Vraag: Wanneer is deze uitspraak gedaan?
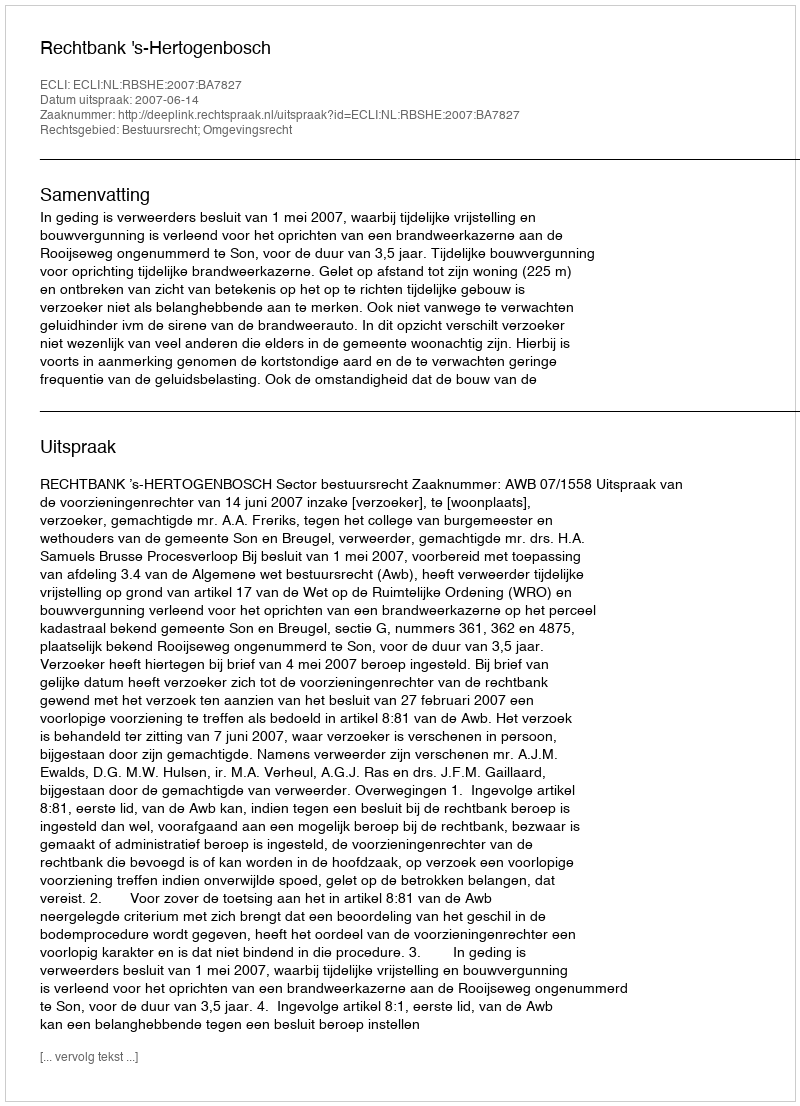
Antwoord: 2007-06-14